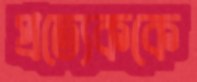
প্রত্যেককে